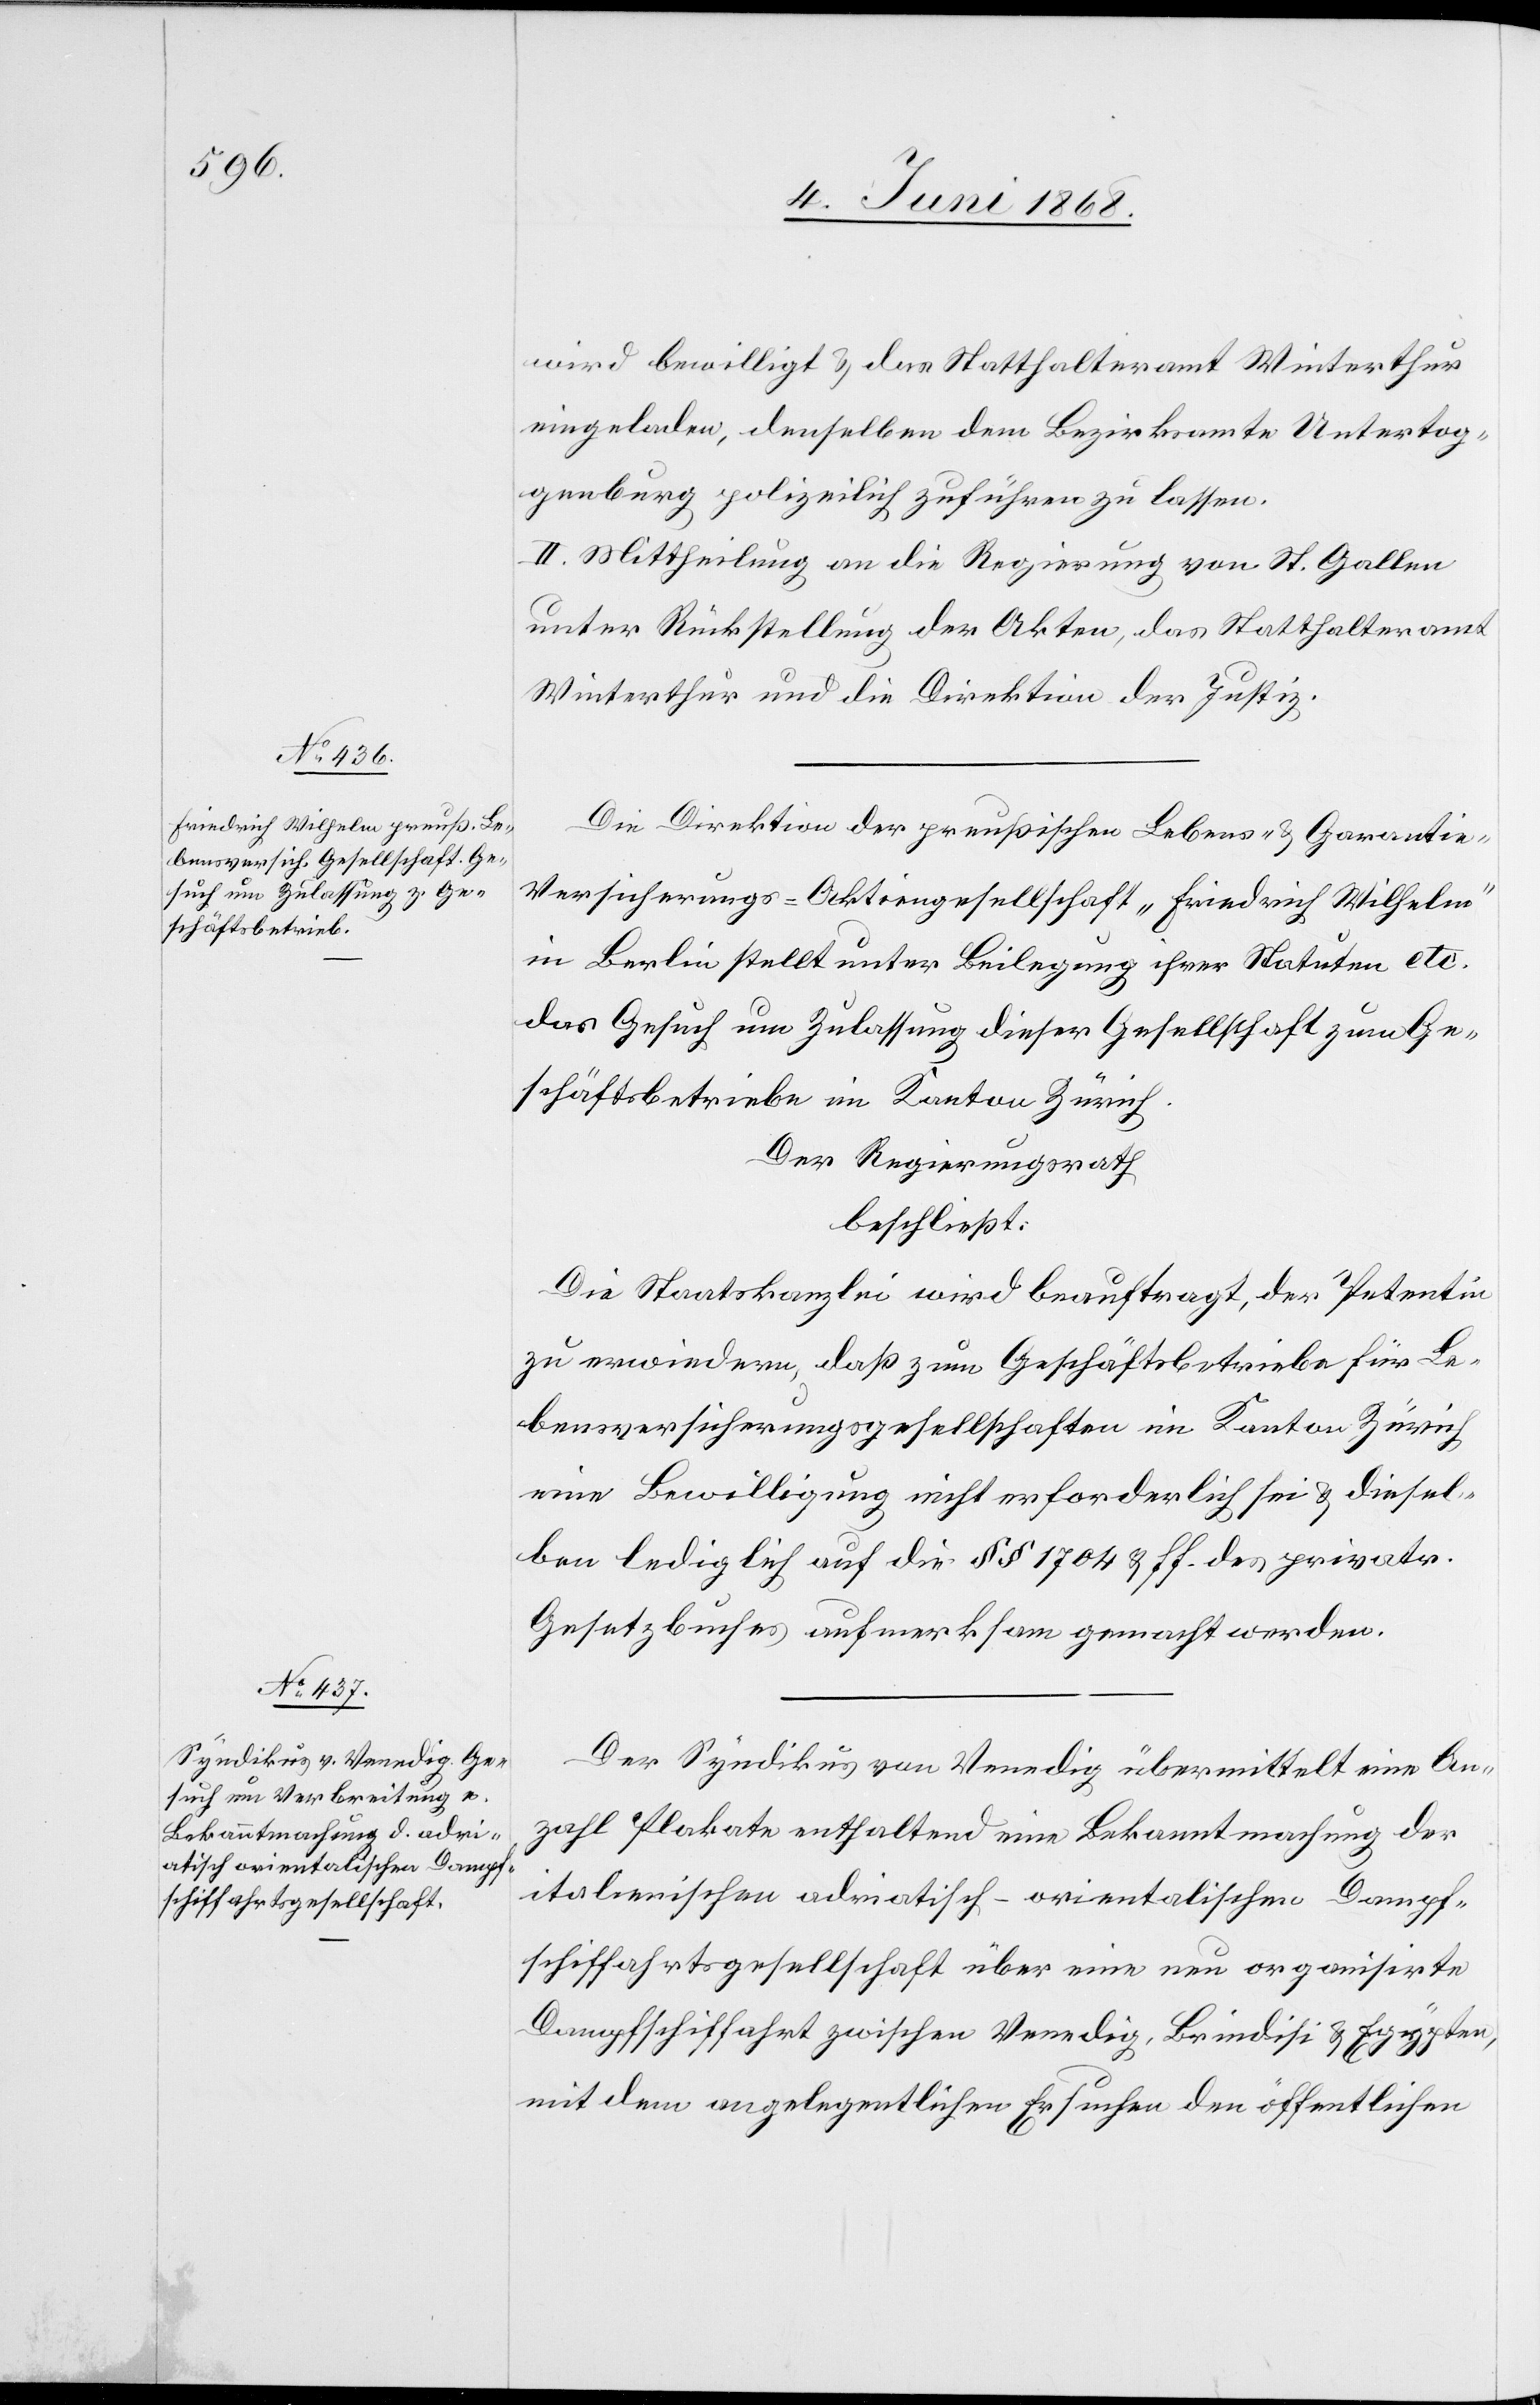
wird bewilligt & das Statthalteramt Winterthur
eingeladen, denselben dem Bezirksamte Untertog¬
genburg polizeilich zuführen zu lassen.
II. Mittheilung an die Regierung von St. Gallen
unter Rückstellung der Akten, das Statthalteramt
Winterthur und die Direktion der Justiz.
Die Direktion der preußischen Lebens- & Garanti¬
e-Versicherungs-Aktiengesellschaft „Friedrich Wilhelm“
in Berlin stellt unter Beilegung ihrer Statuten etc.
das Gesuch um Zulassung dieser Gesellschaft zum Ge¬
schäftsbetriebe im Kanton Zürich.
Der Regierungsrath
beschließt:
Die Staatskanzlei wird beauftragt, der Petentin
zu erwiedern, daß zum Geschäftsbetriebe für Le¬
bensversicherungsgesellschaften im Kanton Zürich
eine Bewilligung nicht erforderlich sei & diesel¬
ben lediglich auf die §§ 1704 & ff. des privatr.
Gesetzbuches aufmerksam gemacht werden.
Der Syndikus von Venedig übermittelt eine An¬
zahl Plakate enthaltend eine Bekanntmachung der
italienischen adriatisch-orientalischen Dampf¬
schiffahrtsgesellschaft über eine neu organisirte
Dampfschiffahrt zwischen Venedig, Brindisi & Egypten,
mit dem angelegentlichen Ersuchen den öffentlichen